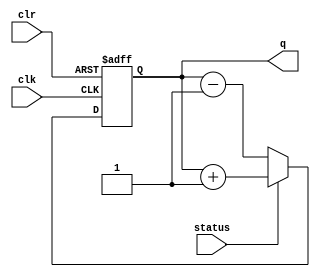
module counter_4b(clk,clr,status,q);
input clk,clr,status;
output [3:0] q;
reg    [3:0] temp;

always @(posedge clk or posedge clr )
    begin
        if(clr)
            temp <= 4'b0000;
        else if(status)
            temp <= temp + 1'b1;
        else 
            temp <= temp - 1'b1;       
    end
        assign q = temp;
endmodule